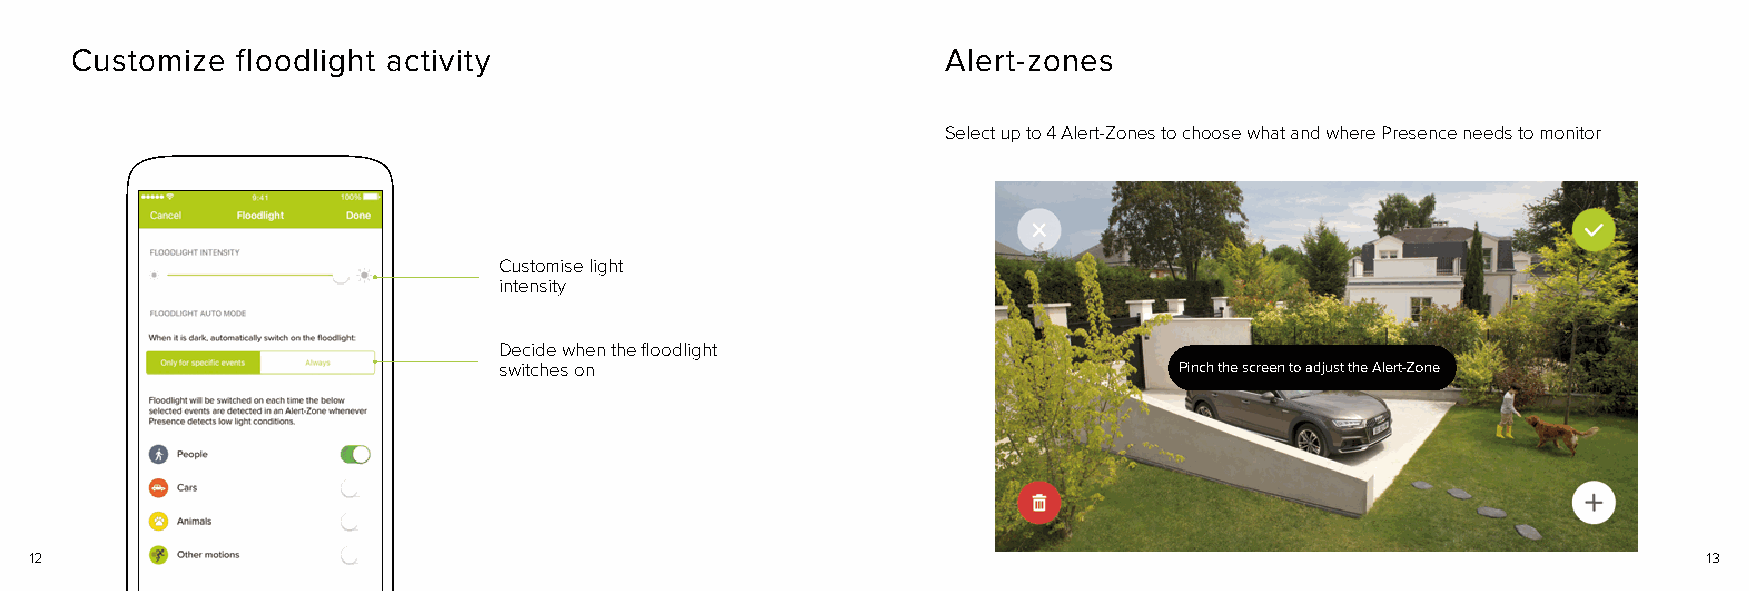
Customize  floodlight activity                            Alert-zones
 Select up to 4 Alert-Zones to choose what and where Presence needs to monitor
 Customise light
 intensity
 Decide when the floodlight
 switches on                                  Pinch the screen to adjust the Alert-Zone
 12                                                                                                             13